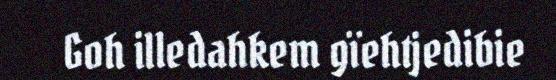
Goh illedahkem gïehtjedibie